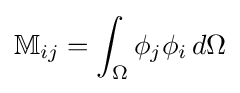
\mathbb {M} _{ij}=\int _{\Omega }\phi _{j}\phi _{i}\,d\Omega